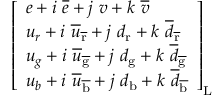
{ \left[ \begin{array} { l } { e + i \ { \overline { { e } } } + j \ v + k \ { \overline { { v } } } } \\ { u _ { r } + i \ { \overline { { u } } } _ { \mathrm { \overline { { r } } } } + j \ d _ { \mathrm { r } } + k \ { \overline { { d } } } _ { \mathrm { \overline { { r } } } } } \\ { u _ { g } + i \ { \overline { { u } } } _ { \mathrm { \overline { { g } } } } + j \ d _ { \mathrm { g } } + k \ { \overline { { d } } } _ { \mathrm { \overline { { g } } } } } \\ { u _ { b } + i \ { \overline { { u } } } _ { \mathrm { \overline { { b } } } } + j \ d _ { \mathrm { b } } + k \ { \overline { { d } } } _ { \mathrm { \overline { { b } } } } } \end{array} \right] } _ { \mathrm { L } }